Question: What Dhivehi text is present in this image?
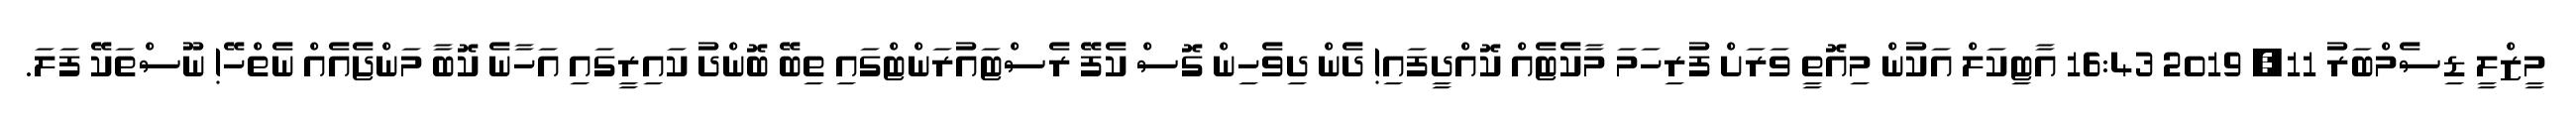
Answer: މީޒްލީ ޑިސެމްބަރު 11, 2019 16:43 އާޓިކަލް އަކުން މިއޮތީ ވަރަށް ފުރިހަމަ މާކެޓެއް ކޮއްދީފައި! ދެން ދިވެހިން ގޮސް ކެފޭ ރެސްޓައުރަންޓްގައި ތިބޭ ބޮންދު ކައިރީގައި އަހާނެ ކޮބާ މަންޖެއެއް ނެތްހޭ! ނޫސްތަކޭ ފަލަ.